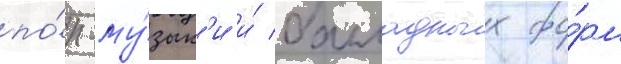
по́п-му́зык'и и́ балладных фо́рм